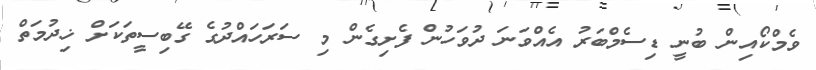
ވެމްކޯއިން ބުނީ ޑިސެމްބަރު އެއްވަނަ ދުވަހުން ފެށިގެން މި ސަރަހައްދުގެ ގޭބިސީތަކަށް ޚިދުމަތް